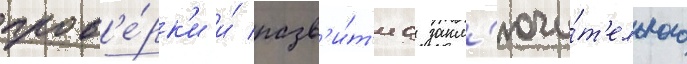
пров'е́рк'и и́ разв'и́т'иа закл'ючи́т'ельного